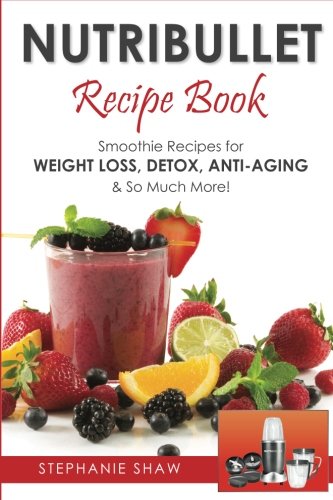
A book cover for Nutribullet Recipe Book: Smoothie Recipes for Weight-Loss, Detox, Anti-Aging & So Much More!; Stephanie Shaw; Cookbooks, Food & Wine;